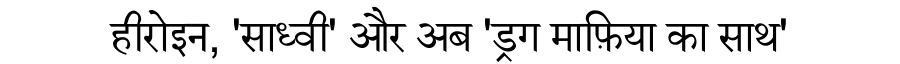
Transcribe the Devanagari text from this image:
हीरोइन, 'साध्वी' और अब 'ड्रग माफ़िया का साथ'